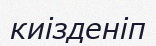
киізденіп